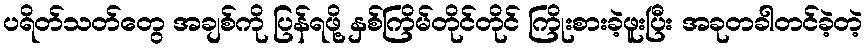
ပရိတ်သတ်တွေ အချစ်ကို ပြန်ရဖို့ နှစ်ကြိမ်တိုင်တိုင် ကြိုးစားခဲ့ဖူးပြီး အခုတခါတင်ခဲ့တဲ့